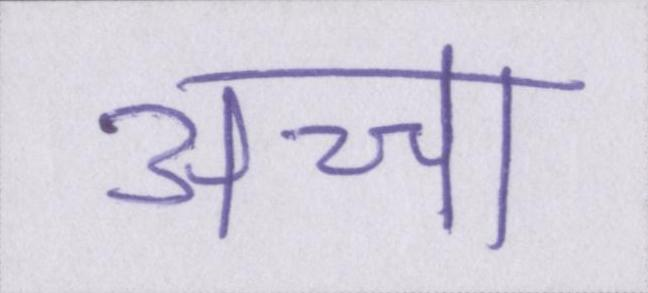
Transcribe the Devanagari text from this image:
अच्चा